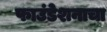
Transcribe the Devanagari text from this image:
फाउंडेशनाचा